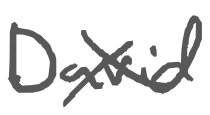
Text: David
Cross-out: cross
Writing tool: digital_gray